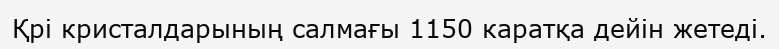
Қрі кристалдарының салмағы 1150 каратқа дейін жетеді.